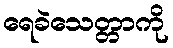
ရေခဲသေတ္တာကို